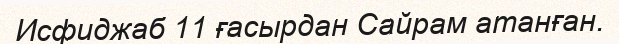
Исфиджаб 11 ғасырдан Сайрам атанған.